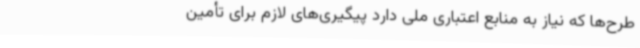
طرح‌ها که نیاز به منابع اعتباری ملی دارد پیگیری‌های لازم برای تأمین